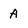
Character: A